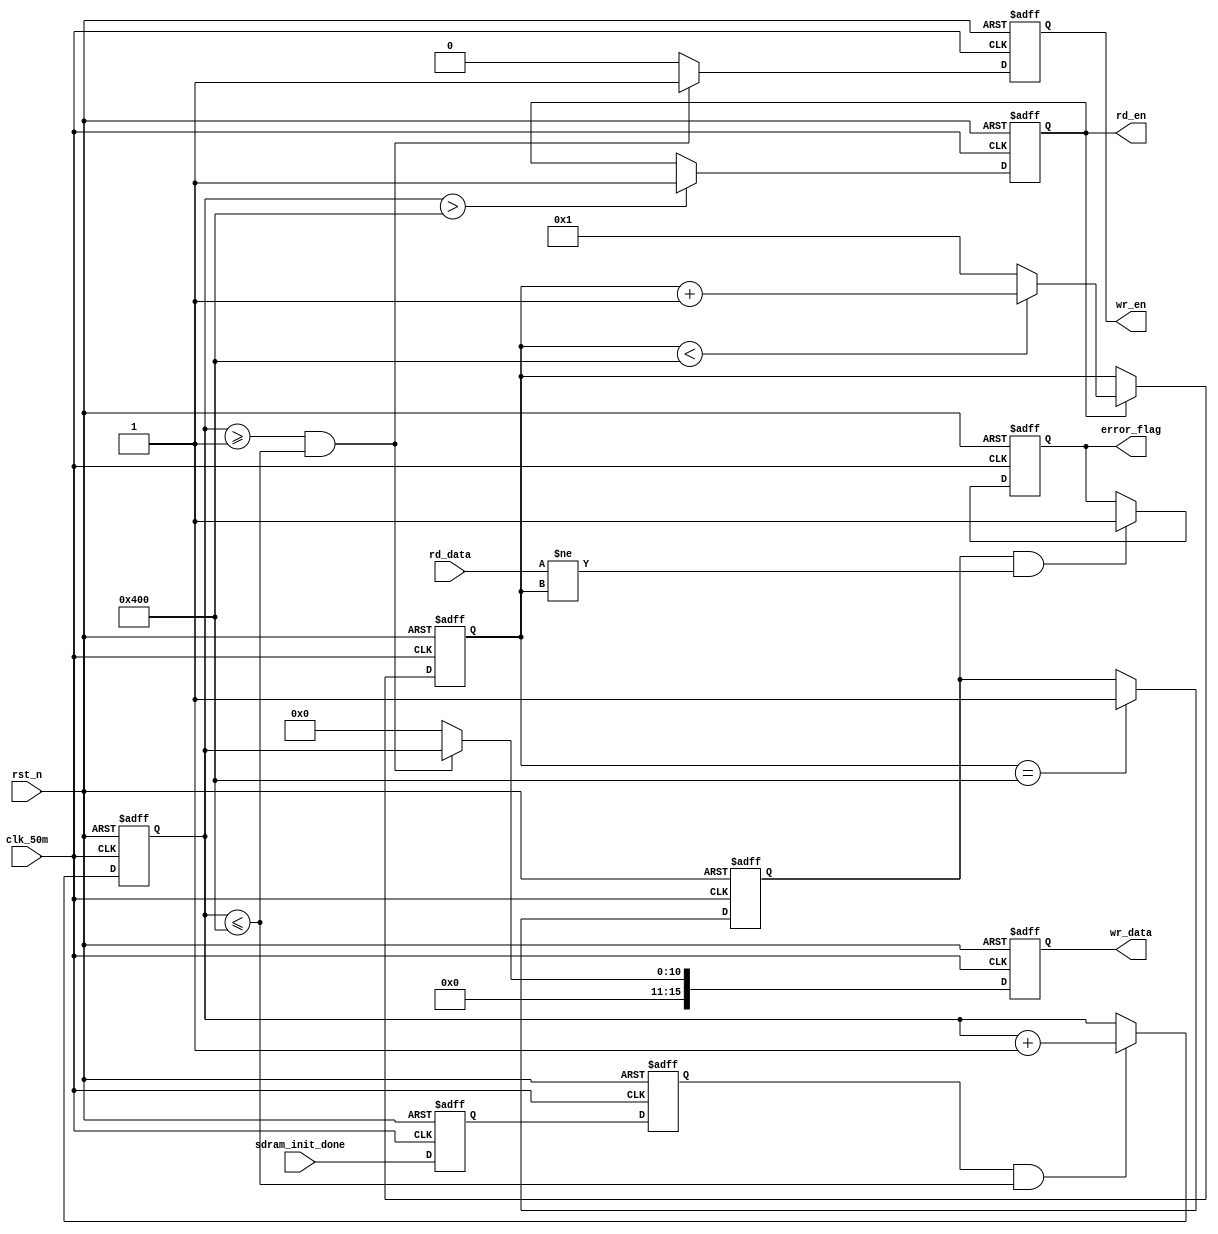
//****************************************Copyright (c)***********************************//
//www.openedv.com
//http://openedv.taobao.com 
//""FPGA & STM32
//
//Copyright(C)  2018-2028
//All rights reserved                               
//----------------------------------------------------------------------------------------
// File name:           sdram_test
// Last modified Date:  2018/3/18 8:41:06
// Last Version:        V1.0
// Descriptions:        SDRAM: SDRAM,,
//----------------------------------------------------------------------------------------
// Created by:          
// Created date:        2018/3/18 8:41:06
// Version:             V1.0
// Descriptions:        The original version
//
//----------------------------------------------------------------------------------------
//****************************************************************************************//

module sdram_test(
    input             clk_50m,          //
    input             rst_n,            //,
    
    output reg        wr_en,            //SDRAM 
    output reg [15:0] wr_data,          //SDRAM 
    output reg        rd_en,            //SDRAM 
    input      [15:0] rd_data,          //SDRAM 
    
    input             sdram_init_done,  //SDRAM 
    output reg        error_flag        //SDRAM 
    );

//reg define
reg        init_done_d0;                //SDRAM
reg        init_done_d1;                //SDRAM
reg [10:0] wr_cnt;                      //
reg [10:0] rd_cnt;                      //
reg        rd_valid;                    //
   
//*****************************************************
//**                    main code
//***************************************************** 

//SDRAM
always @(posedge clk_50m or negedge rst_n) begin
    if(!rst_n) begin
        init_done_d0 <= 1'b0;
        init_done_d1 <= 1'b0;
    end
    else begin
        init_done_d0 <= sdram_init_done;
        init_done_d1 <= init_done_d0;
    end
end            

//SDRAM,
always @(posedge clk_50m or negedge rst_n) begin
    if(!rst_n) 
        wr_cnt <= 11'd0;  
    else if(init_done_d1 && (wr_cnt <= 11'd1024))
        wr_cnt <= wr_cnt + 1'b1;
    else
        wr_cnt <= wr_cnt;
end    

//SDRAMFIFO(1~1024)
always @(posedge clk_50m or negedge rst_n) begin
    if(!rst_n) begin      
        wr_en   <= 1'b0;
        wr_data <= 16'd0;
    end
    else if(wr_cnt >= 11'd1 && (wr_cnt <= 11'd1024)) begin
            wr_en   <= 1'b1;            //
            wr_data <= wr_cnt;          //1~1024
        end    
    else begin
            wr_en   <= 1'b0;
            wr_data <= 16'd0;
        end                
end        

//,    
always @(posedge clk_50m or negedge rst_n) begin
    if(!rst_n) 
        rd_en <= 1'b0;
    else if(wr_cnt > 11'd1024)          //
        rd_en <= 1'b1;                  //
end

//     
always @(posedge clk_50m or negedge rst_n) begin
    if(!rst_n) 
        rd_cnt <= 11'd0;
    else if(rd_en) begin
        if(rd_cnt < 11'd1024)
            rd_cnt <= rd_cnt + 1'b1;
        else
            rd_cnt <= 11'd1;
    end
end

//,
always @(posedge clk_50m or negedge rst_n) begin
    if(!rst_n) 
        rd_valid <= 1'b0;
    else if(rd_cnt == 11'd1024)         //
        rd_valid <= 1'b1;               //
    else
        rd_valid <= rd_valid;
end            

//,,
always @(posedge clk_50m or negedge rst_n) begin
    if(!rst_n)
        error_flag <= 1'b0; 
    else if(rd_valid && (rd_data != rd_cnt))
        error_flag <= 1'b1;             //, 
    else
        error_flag <= error_flag;
end

endmodule